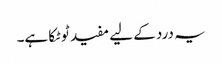
یہ درد کے لیے مفید ٹوٹکا ہے۔